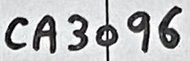
Text: CA3096